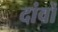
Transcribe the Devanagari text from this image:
दांवों